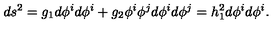
d s ^ { 2 } = g _ { 1 } d \phi ^ { i } d \phi ^ { i } + g _ { 2 } \phi ^ { i } \phi ^ { j } d \phi ^ { i } d \phi ^ { j } = h _ { 1 } ^ { 2 } d \phi ^ { i } d \phi ^ { i } .